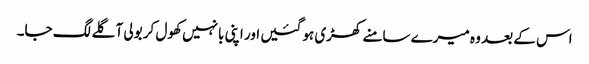
اس کے بعد وہ میرے سامنے کھڑی ہو گئیں اور اپنی بانہیں کھول کر بولی آ گلے لگ جا۔